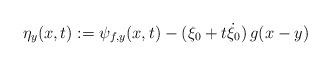
LaTeX: \begin{align*}\eta_y(x,t):=\psi_{f,y}(x,t)-(\xi_{0}+t\dot\xi_{0})\,g(x-y)\end{align*}